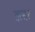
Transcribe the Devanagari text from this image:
तत्सर